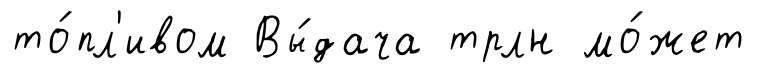
то́пл'ивом Вы́дача трлн мо́жет